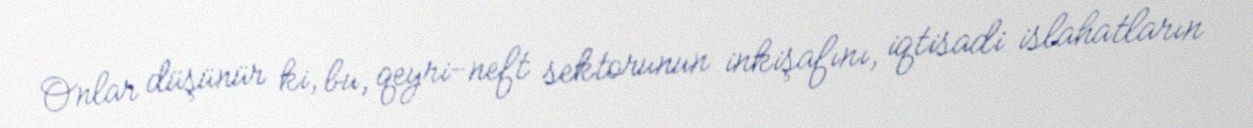
Onlar düşünür ki, bu, qeyri-neft sektorunun inkişafını, iqtisadi islahatların